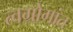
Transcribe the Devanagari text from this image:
त्वग्रोगांत